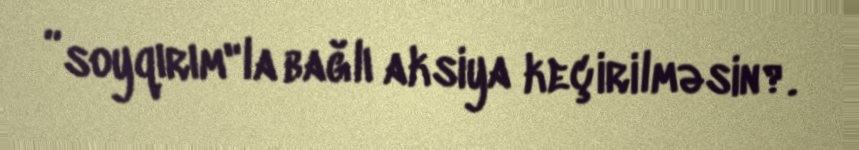
”soyqırım"la bağlı aksiya keçirilməsin?.